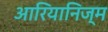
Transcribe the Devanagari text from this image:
आरियानिज्म